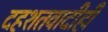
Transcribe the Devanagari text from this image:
दहशतवादीही